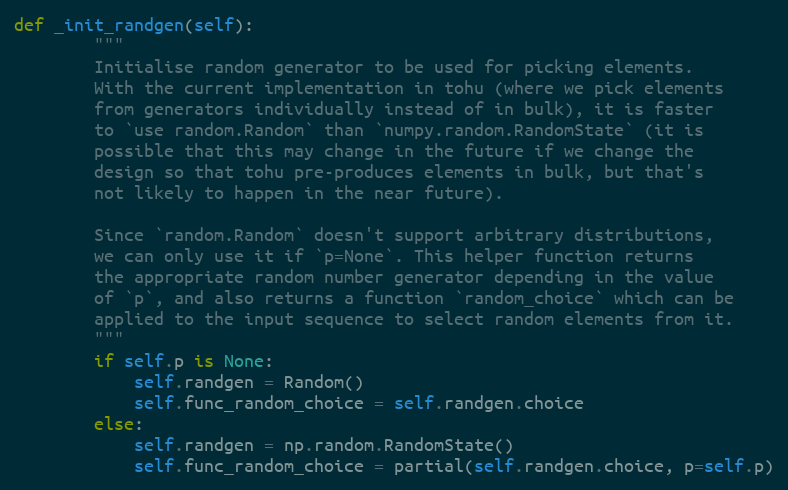
Language: Python
def _init_randgen(self):
        """
        Initialise random generator to be used for picking elements.
        With the current implementation in tohu (where we pick elements
        from generators individually instead of in bulk), it is faster
        to `use random.Random` than `numpy.random.RandomState` (it is
        possible that this may change in the future if we change the
        design so that tohu pre-produces elements in bulk, but that's
        not likely to happen in the near future).

        Since `random.Random` doesn't support arbitrary distributions,
        we can only use it if `p=None`. This helper function returns
        the appropriate random number generator depending in the value
        of `p`, and also returns a function `random_choice` which can be
        applied to the input sequence to select random elements from it.
        """
        if self.p is None:
            self.randgen = Random()
            self.func_random_choice = self.randgen.choice
        else:
            self.randgen = np.random.RandomState()
            self.func_random_choice = partial(self.randgen.choice, p=self.p)